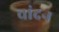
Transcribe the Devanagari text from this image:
चांदन